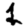
Digit: 1